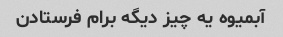
آبمیوه یه چیز دیگه برام فرستادن